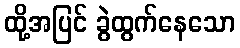
ထို့အပြင် ခွဲထွက်နေသော